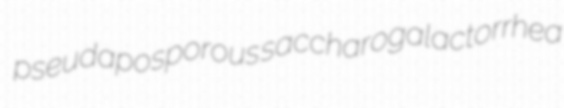
pseudaposporous saccharogalactorrhea